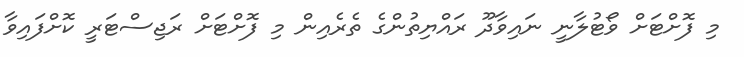
މި ފޮށްޓަށް ވޯޓުލާނީ ނައިވާދޫ ރައްޔިތުންގެ ތެރެއިން މި ފޮށްޓަށް ރަޖިސްޓަރީ ކޮށްފައިވާ